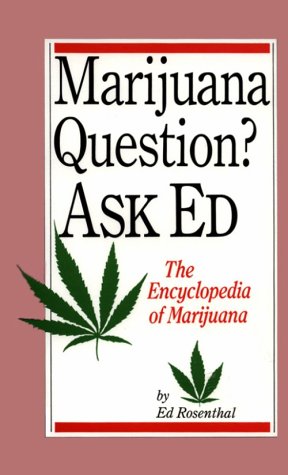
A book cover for Marijuana Questions? Ask Ed: The Encyclopedia of Marijuana; Ed Rosenthal; Humor & Entertainment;